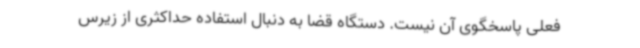
فعلی پاسخگوی آن نیست. دستگاه قضا به دنبال استفاده حداکثری از زیرس